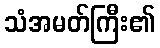
သံအမတ်ကြီး၏